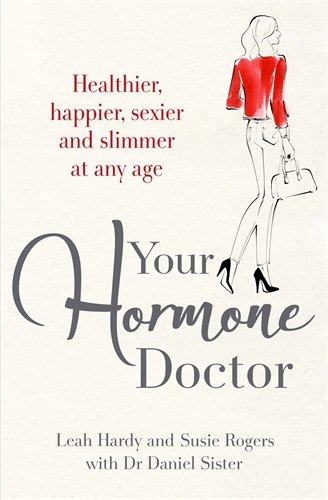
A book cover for Your Hormone Doctor; Leah Hardy; Health, Fitness & Dieting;